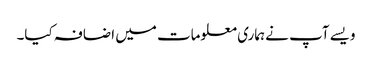
ویسے آپ نے ہماری معلومات میں اضافہ کیا۔